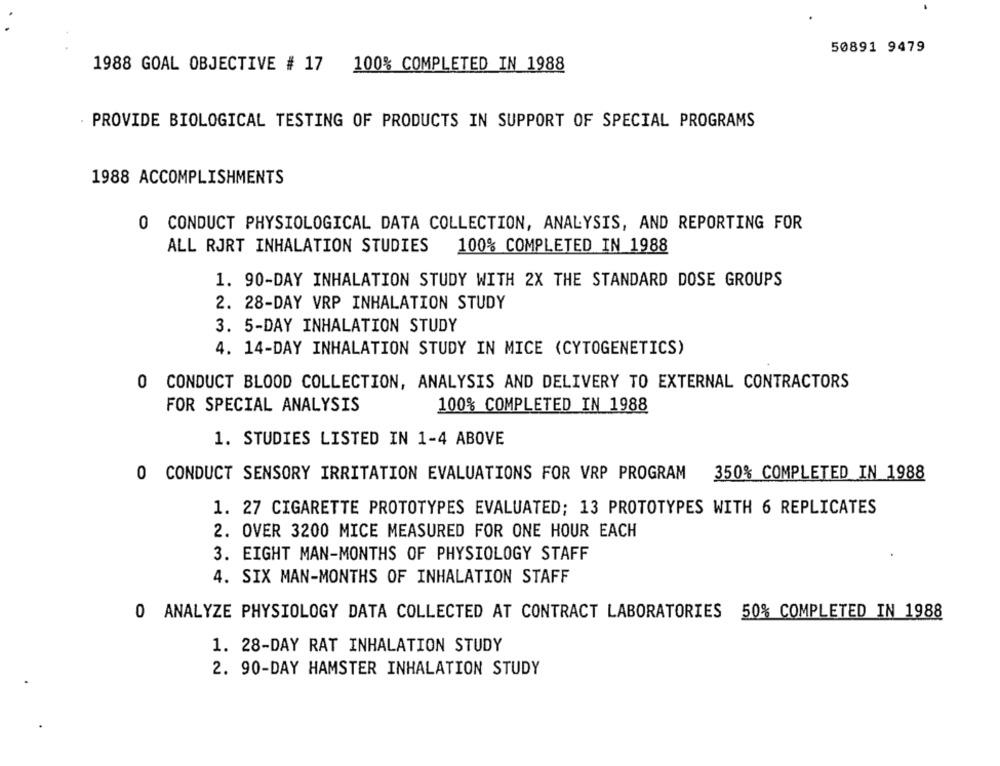
50891 9479
1988 GOAL OBJECTIVE # 17 100% COMPLETED IN 1988
PROVIDE BIOLOGICAL TESTING OF PRODUCTS IN SUPPORT OF SPECIAL PROGRAMS
1988 ACCOMPLISHMENTS
0 CONDUCT PHYSIOLOGICAL DATA COLLECTION, ANALYSIS, AND REPORTING FOR
ALL RJRT INHALATION STUDIES
100% COMPLETED IN 1988
1. 90-DAY INHALATION STUDY WITH 2X THE STANDARD DOSE GROUPS
2. 28-DAY VRP INHALATION STUDY
3. 5-DAY INHALATION STUDY
4. 14-DAY INHALATION STUDY IN MICE (CYTOGENETICS)
0 CONDUCT BLOOD COLLECTION, ANALYSIS AND DELIVERY TO EXTERNAL CONTRACTORS
FOR SPECIAL ANALYSIS
100% COMPLETED IN 1988
1. STUDIES LISTED IN 1-4 ABOVE
0 CONDUCT SENSORY IRRITATION EVALUATIONS FOR VRP PROGRAM
350% COMPLETED IN 1988
1. 27 CIGARETTE PROTOTYPES EVALUATED; 13 PROTOTYPES WITH 6 REPLICATES
2. OVER 3200 MICE MEASURED FOR ONE HOUR EACH
3. EIGHT MAN-MONTHS OF PHYSIOLOGY STAFF
4. SIX MAN-MONTHS OF INHALATION STAFF
0 ANALYZE PHYSIOLOGY DATA COLLECTED AT CONTRACT LABORATORIES 50% COMPLETED IN 1988
1. 28-DAY RAT INHALATION STUDY
2. 90-DAY HAMSTER INHALATION STUDY